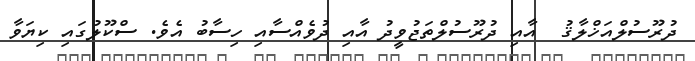
ދުރޫސުލްއަޚްލާޤު  އާއި ދުރޫސުލްތަޖުވީދު އާއި ދުވެއްސާއި ހިސާބު އެވެ. ސްކޫލުގައި ކިޔަވާ